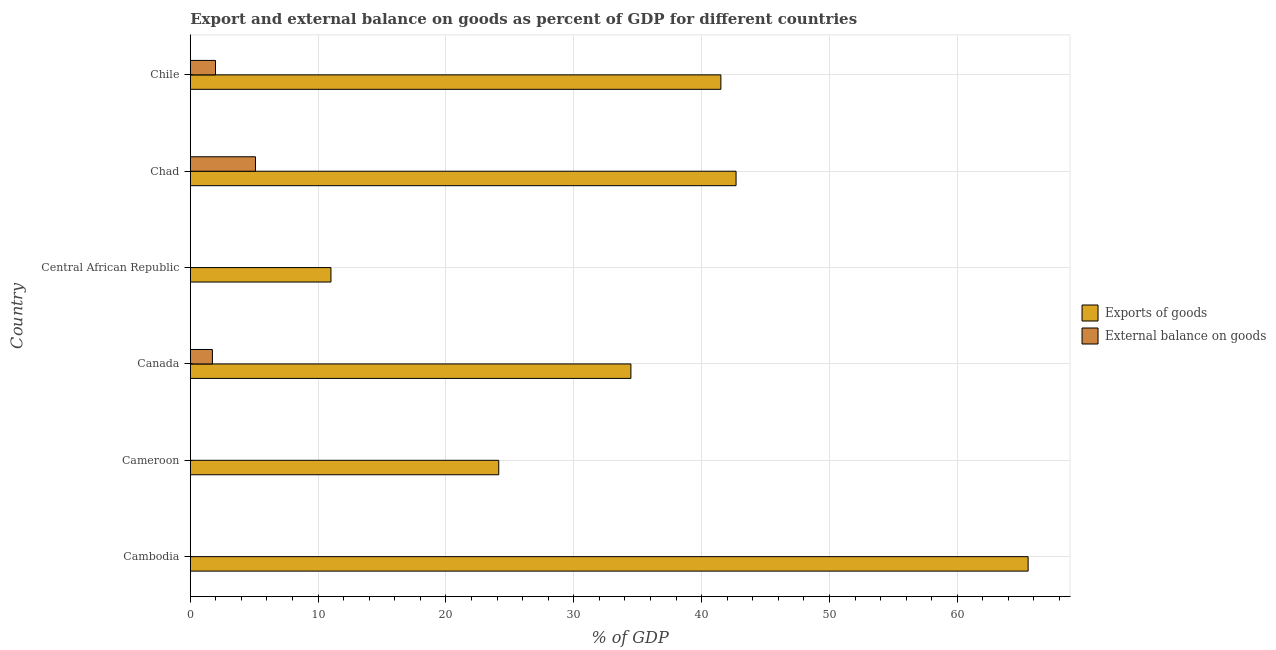
| Country | Exports of goods | External balance on goods |
 | --- | --- | --- |
 | Cambodia | 65.5 | -2.23 |
 | Cameroon | 24.1 | -4.08 |
 | Canada | 34.5 | 1.73 |
 | Central African Republic | 11 | -12.4 |
 | Chad | 42.7 | 5.1 |
 | Chile | 41.5 | 1.97 |